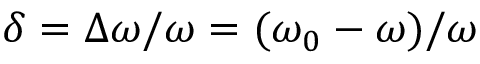
\delta = \Delta \omega / \omega = ( \omega _ { 0 } - \omega ) / \omega